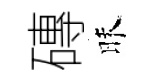
磚昧